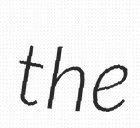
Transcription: the